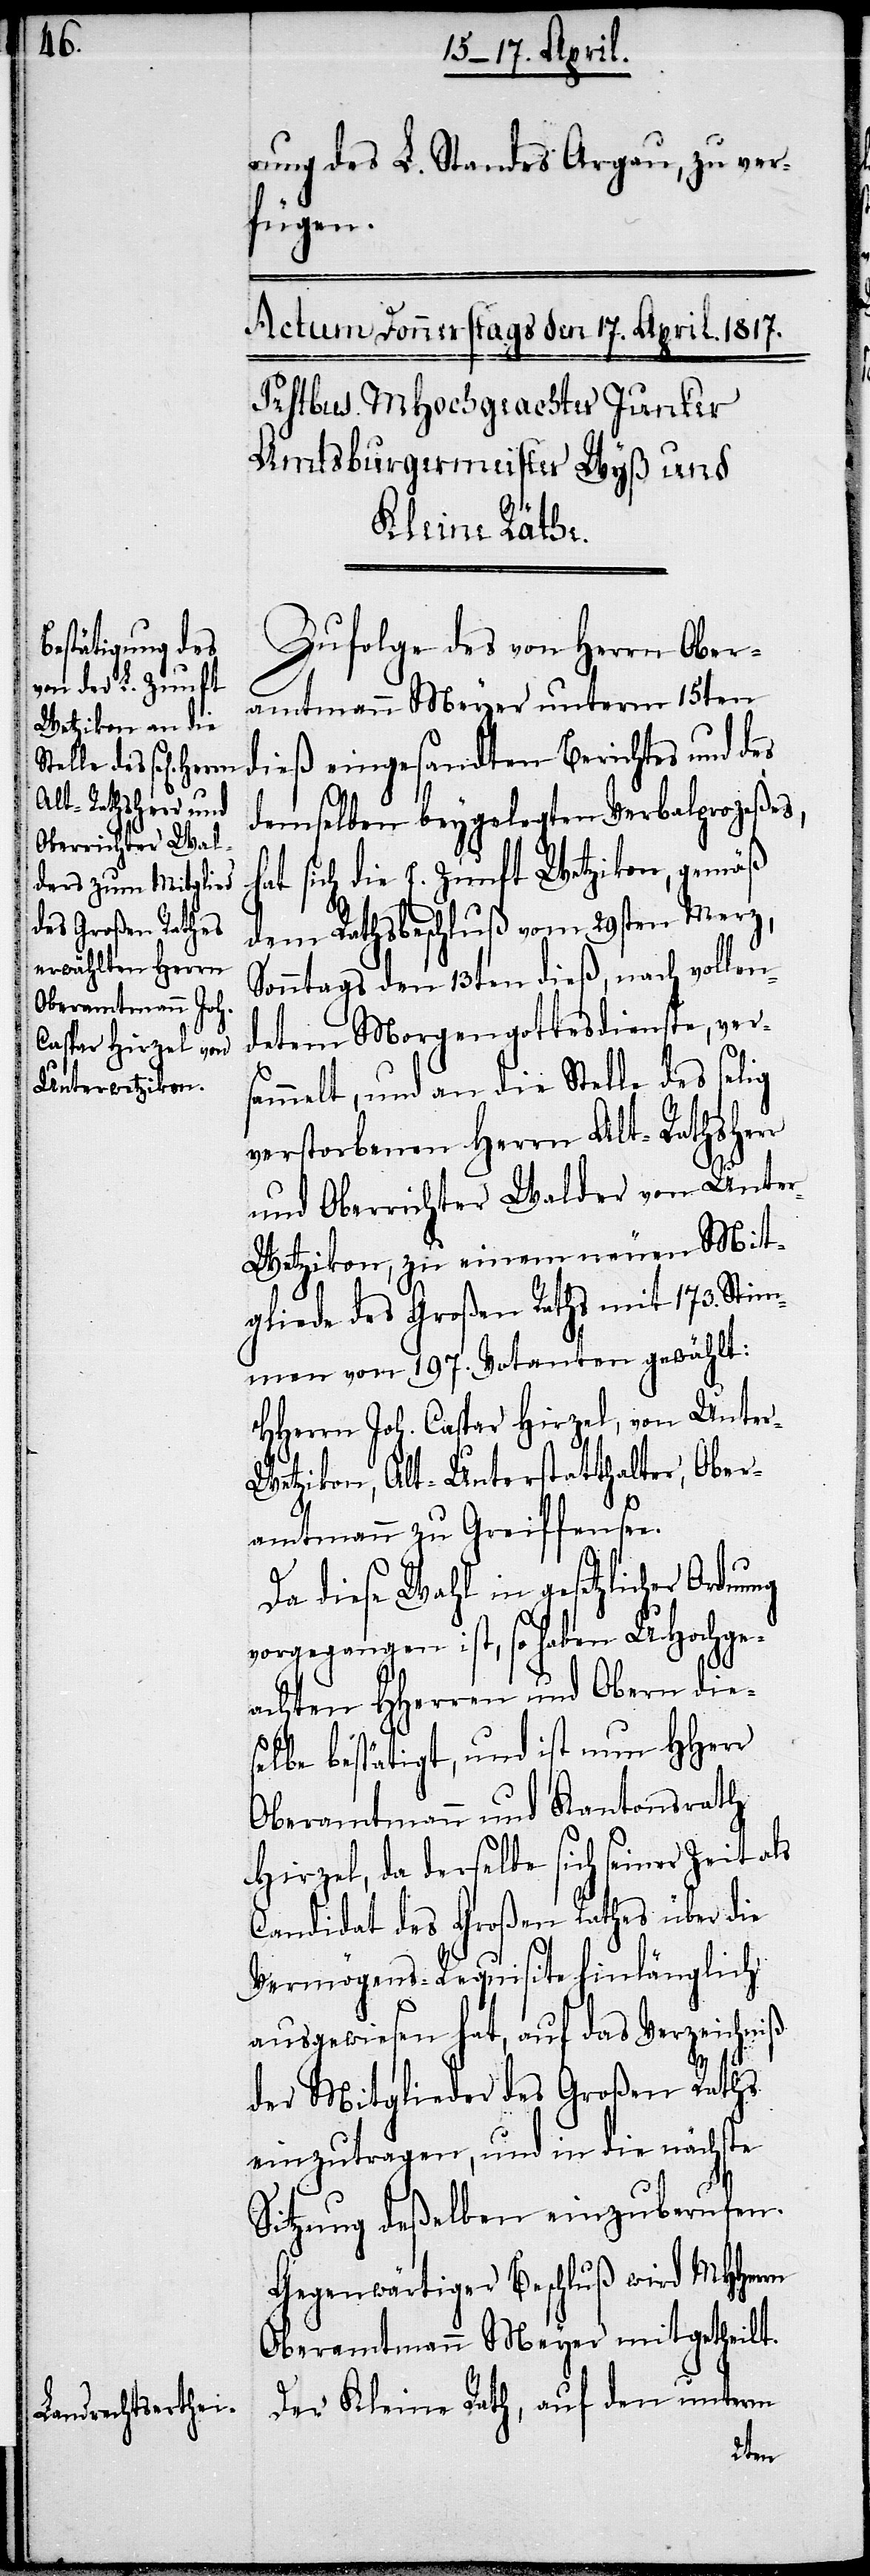
rung des L. Standes Argau, zu ver¬
fügen.
Zufolge des von Herrn Ober¬
amtmann Meyer unterm 15ten
dieß eingesandten Berichtes und des
demselben beygelegten Verbalprozeßes,
hat sich die E. Zunft Wetzikon, gemäß
dem Rathsbeschluß vom 29sten Merz,
Sonntags den 13ten dieß, nach vollen¬
detem Morgengottesdienste, vers¬
ammelt, und an die Stelle des selig
verstorbenen Herrn Alt-Rathsherr
und Oberrichter Walder von Unte¬
r-Wetzikon, zu einem neuen Mit¬
gliede des Großen Raths mit 173. Stim¬
men von 197. Votanten gewählt:
HHerrn Joh. Caspar Hirzel, von Unter-W¬
etzikon, Alt-Unterstatthalter, Ober¬
ng
amtmann zu Greiffensee.
Da diese Wahl in gesetzlicher Ordnu¬
vorgegangen ist, so haben UHochge¬
achten HHerren und Obern dies¬
elbe bestätigt, und ist nun HHerr
Oberamtmann und Kantonsrath
Hirzel, da derselbe sich seiner Zeit als
Candidat des Großen Rathes über die
Vermögens-Requisite hinlänglich
ausgewiesen hat, auf das Verzeichniß
der Mitglieder des Großen Raths
einzutragen, und in die nächste
Sitzung deßelben einzuberufen.
Gegenwärtiger Beschluß wird MHHerrn
Oberamtmann Meyer mitgetheilt.
Der Kleine Rath, auf den unterm